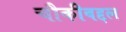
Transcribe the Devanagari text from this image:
चौकीबद्दल